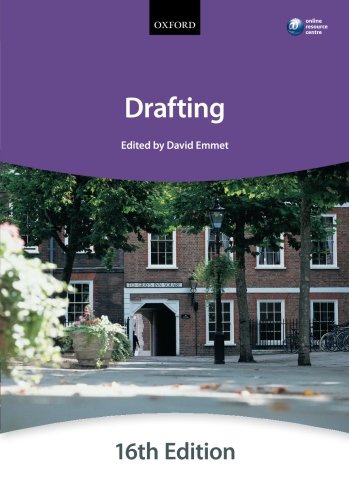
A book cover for Drafting (Bar Manuals); The City Law School; Law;